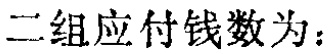
二组应付钱数为：